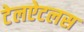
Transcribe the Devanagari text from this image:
टेलऐटलस